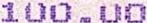
100.00